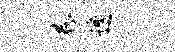
巷边